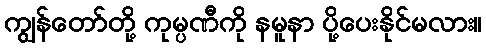
ကျွန်တော်တို့ ကုမ္ပဏီကို နမူနာ ပို့ပေးနိုင်မလား။